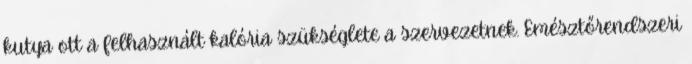
kutya ott a felhasznált kalória szükséglete a szervezetnek. Emésztőrendszeri